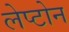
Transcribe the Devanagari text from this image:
लेप्टोन